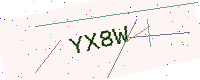
Text: YX8W